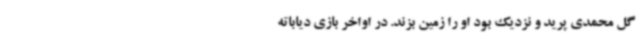
گل محمدی پرید و نزدیک بود او را زمین بزند. در اواخر بازی دیاباته